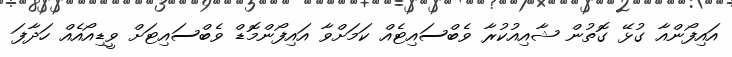
އައިފޯންއާ ގުޅޭ ގޮތުން ޝާއިއުކުރާ ވެބްސައިޓެއް ކަމަށްވާ އައިފޯންމޮޑް ވެބްސައިޓަށް ވީޑިއޯއެއް ހަދާފަ